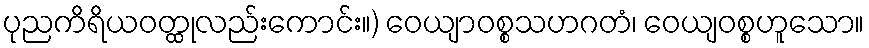
ပုညကိရိယဝတ္ထုလည်းကောင်း။) ဝေယျာဝစ္စသဟဂတံ၊ ဝေယျဝစ္စဟူသော။